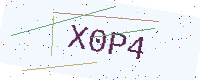
Text: X0P4